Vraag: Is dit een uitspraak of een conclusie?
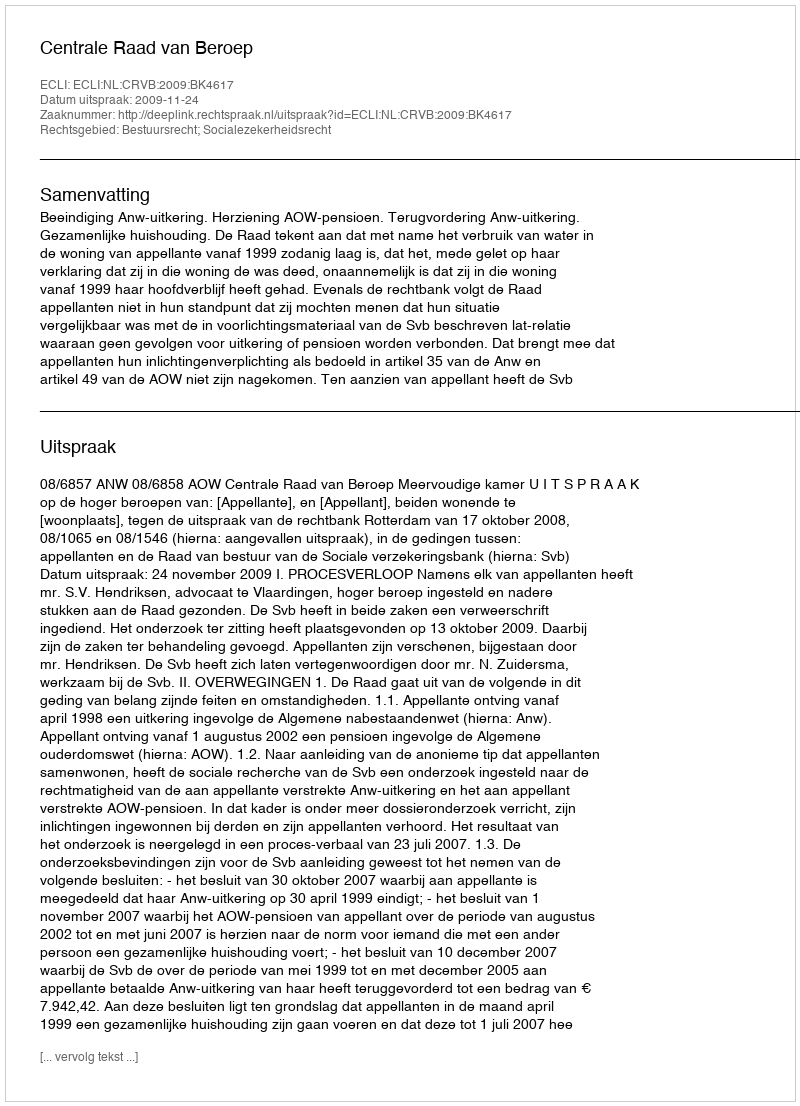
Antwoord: Uitspraak